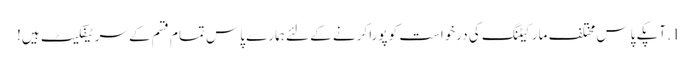
1. آپکے پاس مختلف مارکیٹنگ کی درخواست کو پورا کرنے کے لئے ہمارے پاس تمام قسم کے سرٹیفکیٹ ہیں!